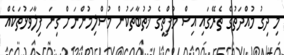
މި ދިގު މުއްދަތުގެ ތެރޭގައި އިސް މުފްތީގެ ޚުތުބާތަކުން މުސްލިމުންނަށް ގިނަ ފިލާވަޅުތަކެއް